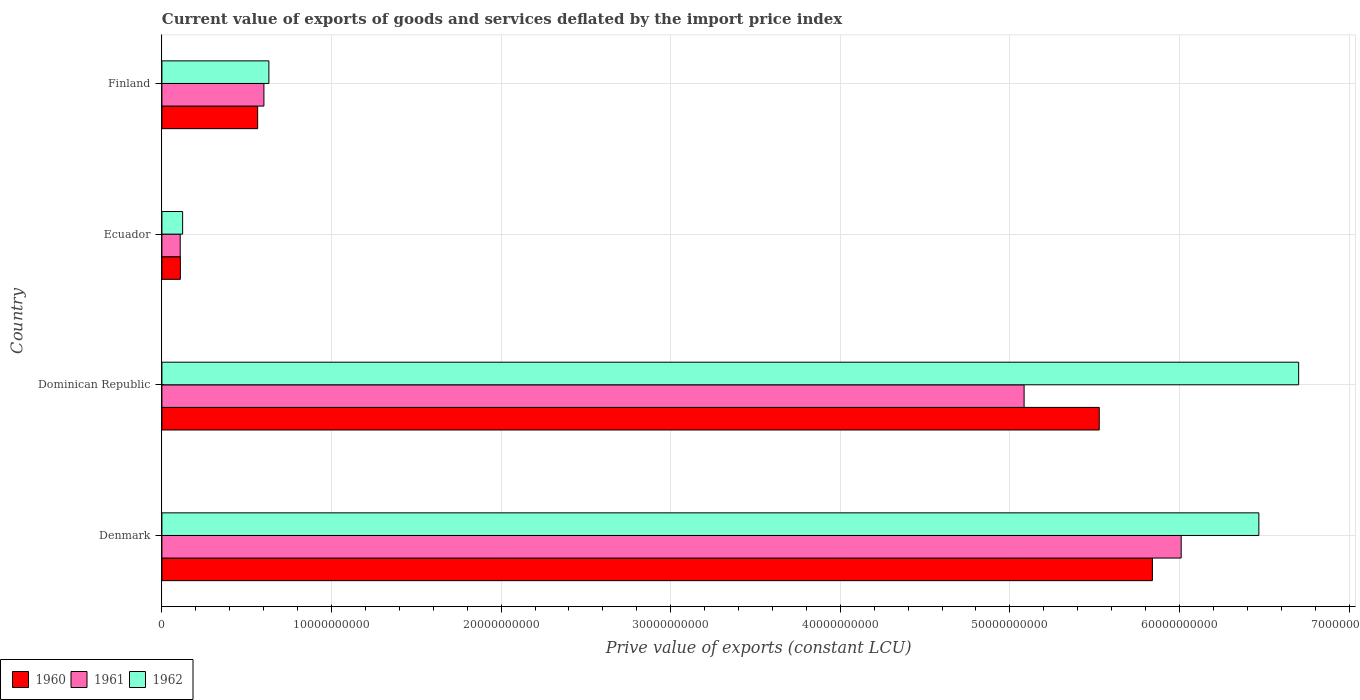
| Country | 1960 | 1961 | 1962 |
 | --- | --- | --- | --- |
 | Denmark | 5.84e+10 | 6.01e+10 | 6.47e+10 |
 | Dominican Republic | 5.53e+10 | 5.08e+10 | 6.7e+10 |
 | Ecuador | 1.09e+09 | 1.08e+09 | 1.22e+09 |
 | Finland | 5.65e+09 | 6.02e+09 | 6.31e+09 |